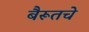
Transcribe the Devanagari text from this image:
बैरूतचे